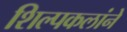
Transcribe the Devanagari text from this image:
शिल्पकलांने